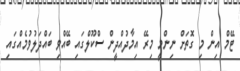
ޓޭމް އިން މި ގޮތަށް ނިންމީ މިރޭ އިމާދުއްދީން ސްކޫލްގައި ބޭއްވި ބައްދަލުވުމެއްގައި